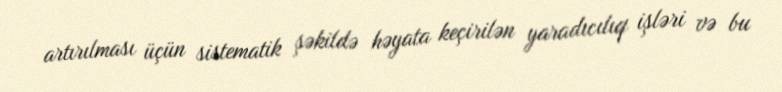
artırılması üçün sistematik şəkildə həyata keçirilən yaradıcılıq işləri və bu